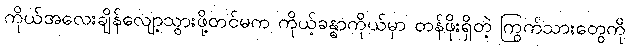
ကိုယ်အလေးချိန်လျော့သွားဖို့တင်မက ကိုယ့်ခန္ဓာကိုယ်မှာ တန်ဖိုးရှိတဲ့ ကြွက်သားတွေကို